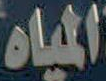
المياه